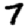
Digit: 7